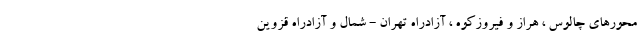
محورهای چالوس ، هراز و فیروزکوه ، آزادراه تهران - شمال و آزادراه قزوین